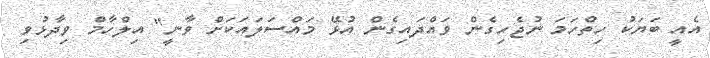
އެއީ ބަޔަކު ހިތްހަމަ ނުޖެހިގެން ވައްދައިގެން އުޅޭ މައްސަލައަކަށް ވާނީ" އިލްހާމް ވިދާޅުވި